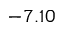
- 7 . 1 0